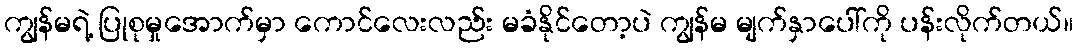
ကျွန်မရဲ့ ပြုစုမှုအောက်မှာ ကောင်လေးလည်း မခံနိုင်တော့ပဲ ကျွန်မ မျက်နှာပေါ်ကို ပန်းလိုက်တယ်။